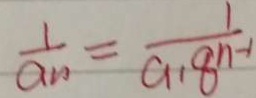
\frac { 1 } { a n } = \frac { 1 } { a 1 8 ^ { n - 1 } }